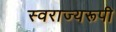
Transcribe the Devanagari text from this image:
स्वराज्यरूपी